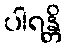
ပါရန္တိ